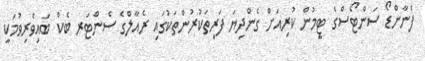
ފެނާންޑޯ ސަންޓޯސްގެ ޓީމުން ކުރިއަށް ގެންދިޔަ ފަރިތަކުރުންތަކުގައި ރެއާލްގެ ސެންޓަރ ބެކް ބައިވެރިވުމަކީ